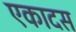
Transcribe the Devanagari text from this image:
एकादस